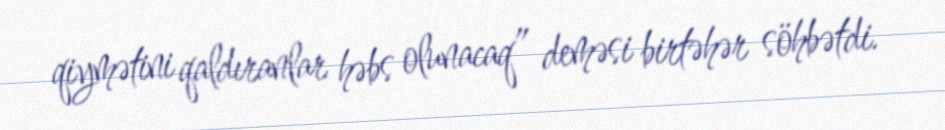
qiymətini qaldıranlar həbs olunacaq” deməsi birtəhər söhbətdi.